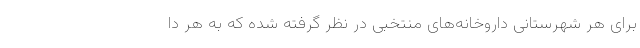
برای هر شهرستانی داروخانه‌های منتخبی در نظر گرفته شده که به هر دا